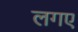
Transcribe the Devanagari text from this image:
लगए